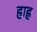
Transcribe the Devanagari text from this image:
हाह्न